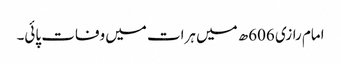
امام رازی 606ھ میں ہرات میں وفات پائی۔